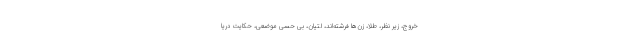
خروج، زیر نظر، طلا، زن‌ها فرشته‌اند، لتیان، بی حسی موضعی، حکایت دریا